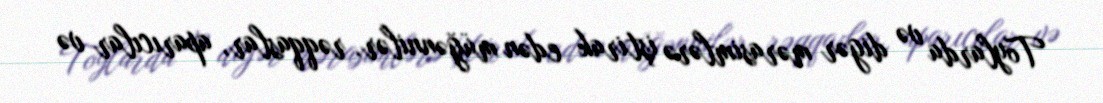
Toylarda və digər mərasimlərə iştirak edən müğənnilər, rəqqaslar, aparıcılar və